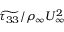
\widetilde { \tau _ { 3 3 } } / \rho _ { \infty } U _ { \infty } ^ { 2 }